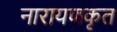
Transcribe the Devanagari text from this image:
नारायणकृत